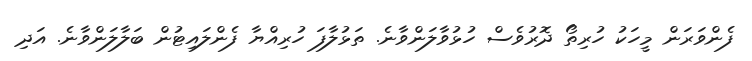
ފެންވަރަން މީހަކު ހުރިތޯ ދޮރުވެސް ހުޅުވާލަންވާނެ. ތަޅުލާފަ ހުރިއްޔާ ފެންލައިޓުން ބަލާލަންވާނެ. އަދި